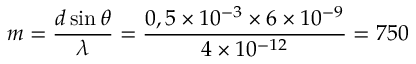
m = \frac { d \sin \theta } { \lambda } = \frac { 0 , 5 \times 1 0 ^ { - 3 } \times 6 \times 1 0 ^ { - 9 } } { 4 \times 1 0 ^ { - 1 2 } } = 7 5 0